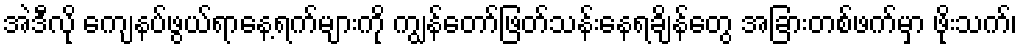
အဲဒီလို ကျေနပ်ဖွယ်ရာနေ့ရက်များကို ကျွန်တော်ဖြတ်သန်းနေရချိန်တွေ အခြားတစ်ဖက်မှာ ဖိုးသက်၊